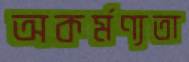
অকর্মণ্যতা